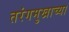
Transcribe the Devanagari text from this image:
तरंगमुखाच्या